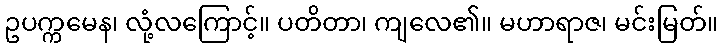
ဥပက္ကမေန၊ လုံ့လကြောင့်။ ပတိတာ၊ ကျလေ၏။ မဟာရာဇ၊ မင်းမြတ်။